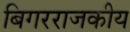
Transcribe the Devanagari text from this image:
बिगरराजकीय